65_HS1-834228961_62-HQ-83894_Serial_164
Agency: FBI
Page 86
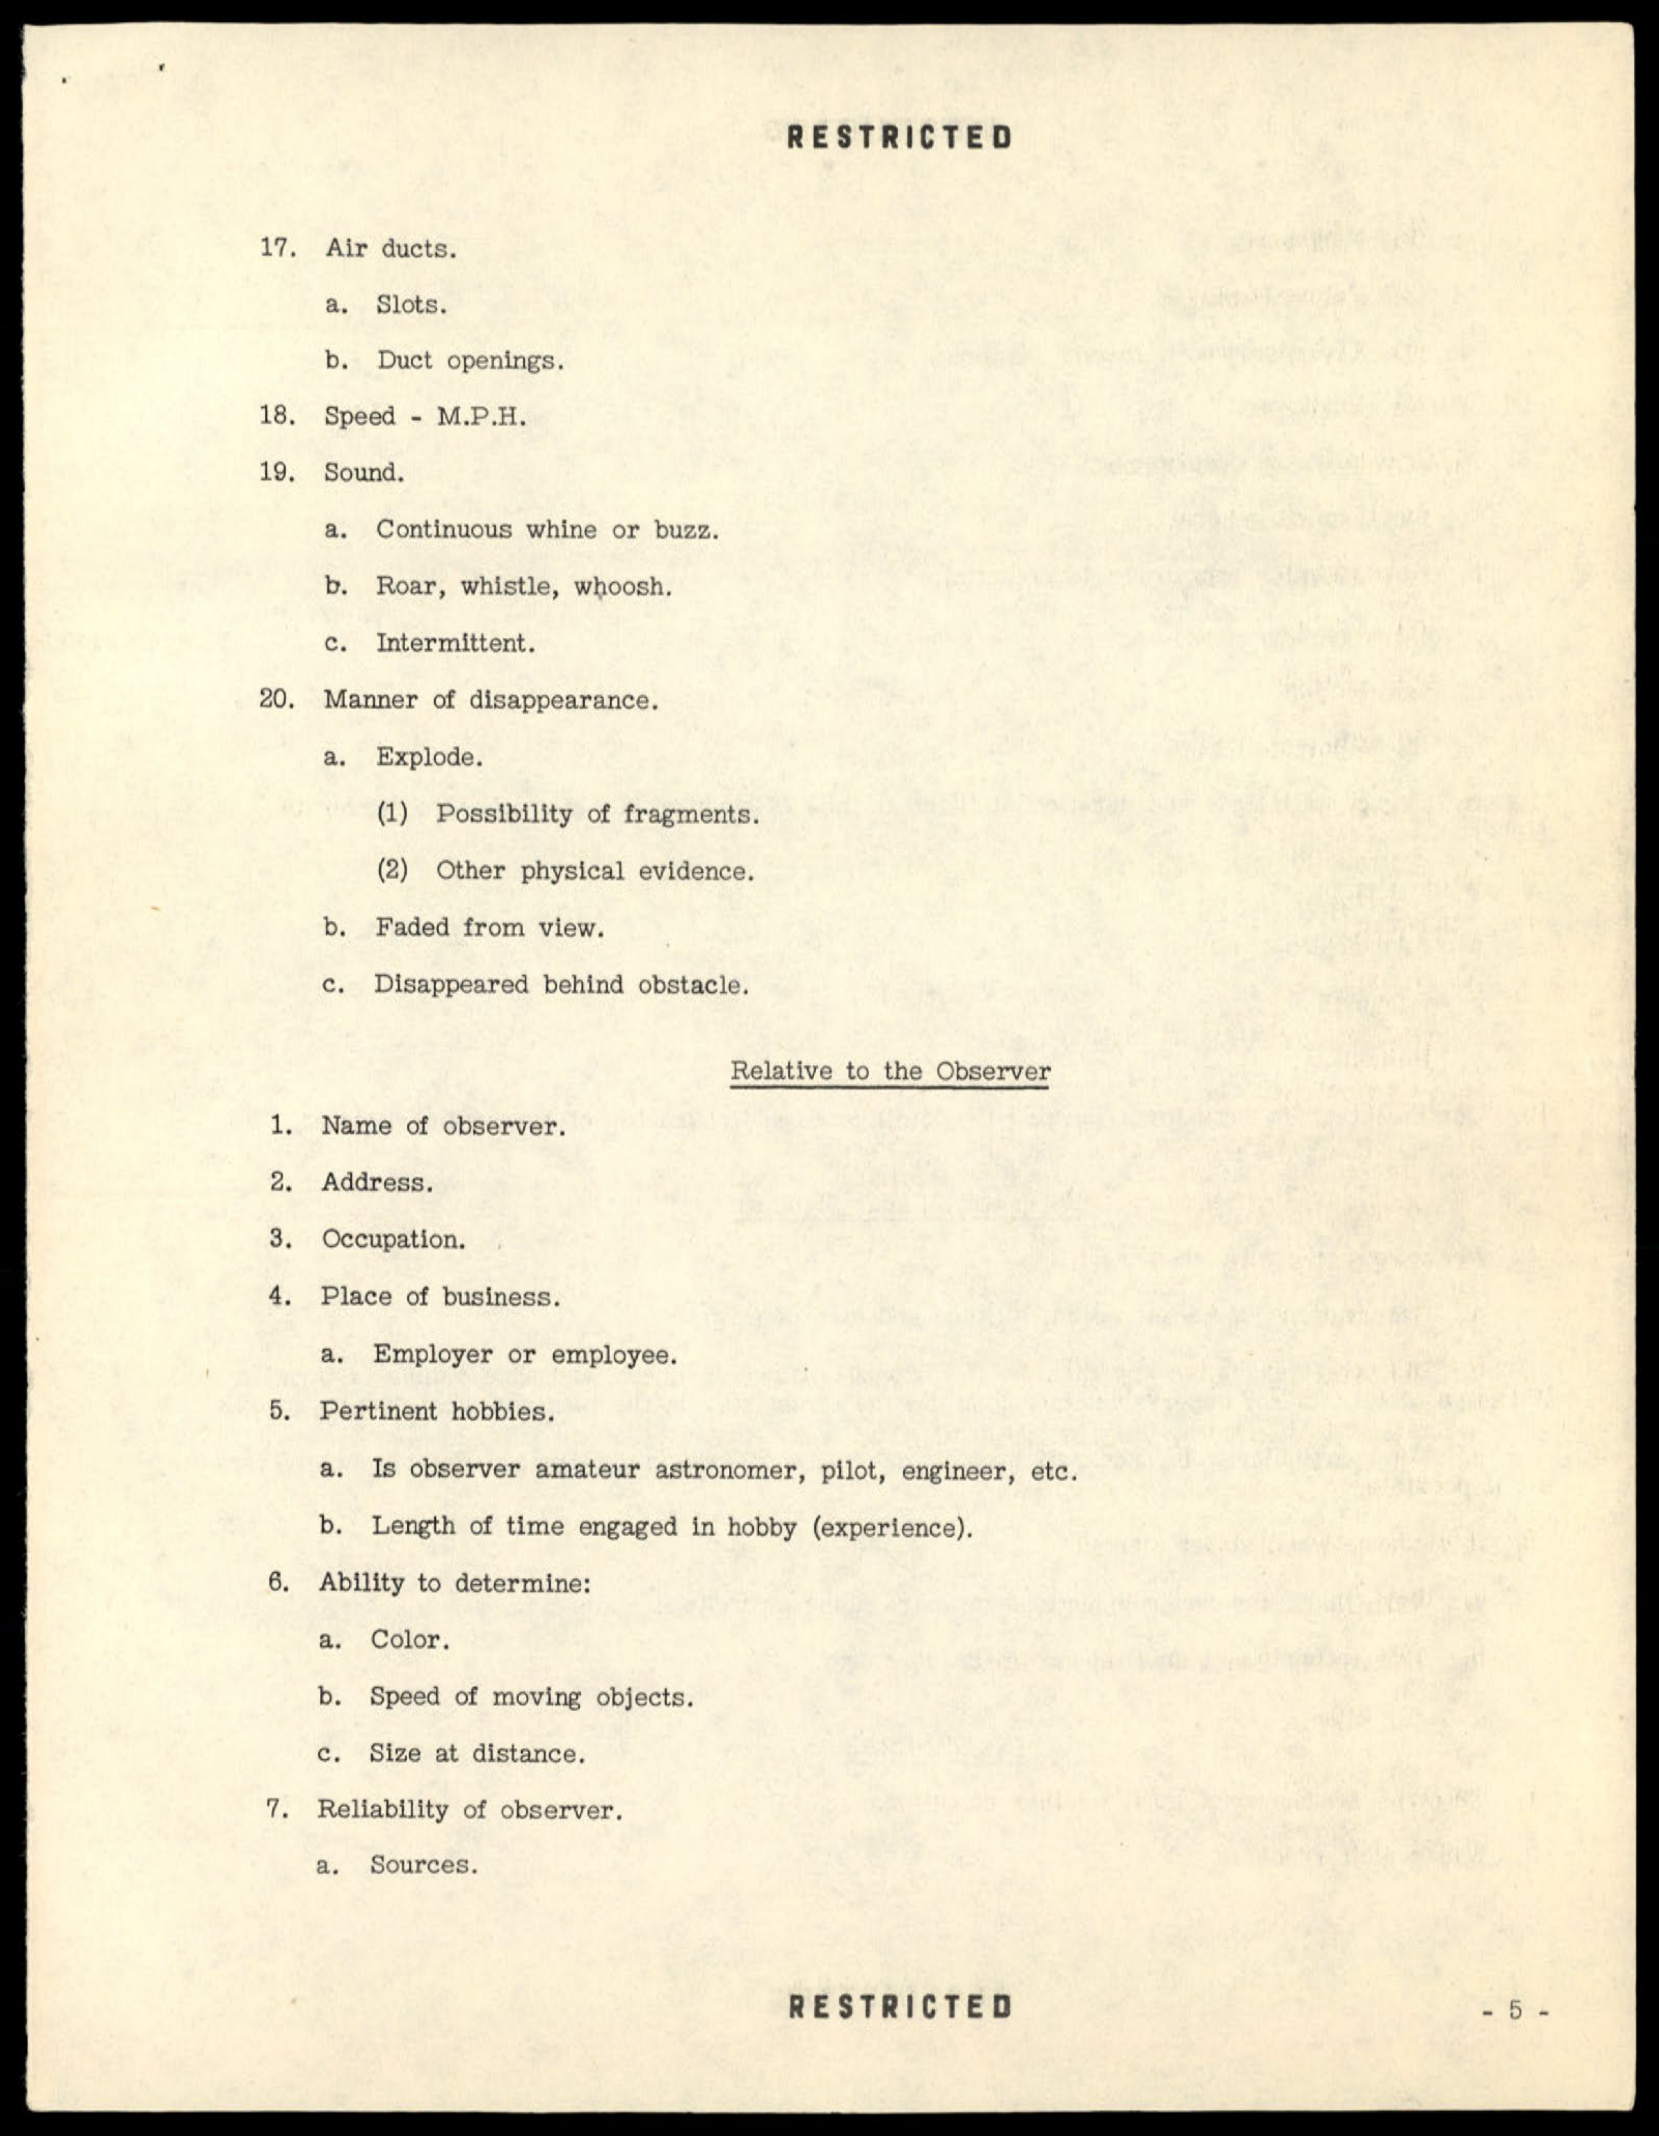